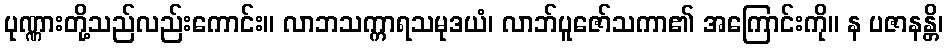
ပုဏ္ဏားတို့သည်လည်းကောင်း။ လာဘသက္ကာရသမုဒယံ၊ လာဘ်ပူဇော်သကာ၏ အကြောင်းကို။ န ပဇာနန္တိ၊